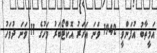
އަމީތާބު އުފަންވީ 1942 ވަނަ އަހަރު އޮކްޓޯބަރު މަހުގެ 11 ވަނަ ދުވަހު